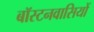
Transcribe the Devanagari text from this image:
बॉस्टनवासियों